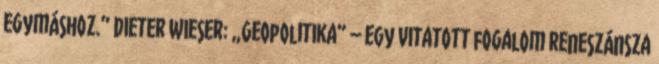
egymáshoz.” Dieter Wieser: „Geopolitika” – egy vitatott fogalom reneszánsza